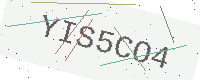
Text: YIS5CO4